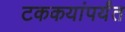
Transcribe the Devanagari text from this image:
टककयांपर्यंत